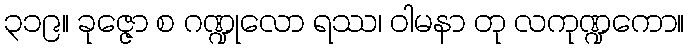
၃၁၉။ ခုဇ္ဇော စ ဂဏ္ဍုလော ရဿ၊ ဝါမနာ တု လကုဏ္ဍကော။